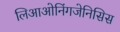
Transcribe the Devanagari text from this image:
लिआओनिंगजेनिसिस